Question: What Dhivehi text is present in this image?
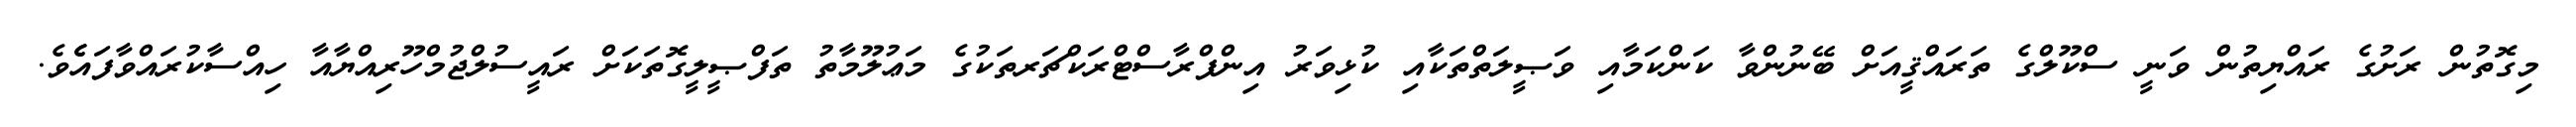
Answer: މިގޮތުން ރަށުގެ ރައްޔިތުން ވަނީ ސްކޫލްގެ ތަރައްޤީއަށް ބޭނުންވާ ކަންކަމާއި ވަޞީލަތްތަކާއި ކުޅިވަރު އިންފްރާސްޓްރަކްޗަރތަކުގެ މަޢުލޫމާތު ތަފްޞީލީގޮތަކަށް ރައީސުލްޖުމްހޫރިއްޔާއާ ހިއްސާކުރައްވާފައެެވެ.